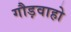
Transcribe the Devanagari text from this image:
गौड़वाहो